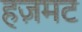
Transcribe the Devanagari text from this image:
हज़मट